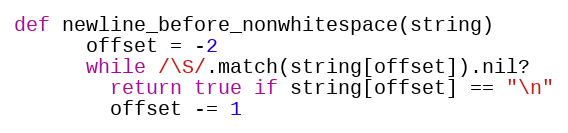
Language: Ruby
def newline_before_nonwhitespace(string)
      offset = -2
      while /\S/.match(string[offset]).nil?
        return true if string[offset] == "\n"
        offset -= 1